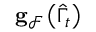
\mathbf { g } _ { \mathcal { F } } \left( \widehat { \Gamma } _ { t } \right)